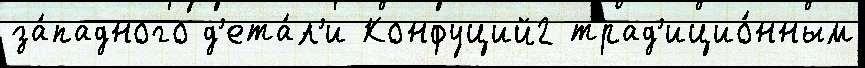
за́падного д'ета́л'и Конфуций2 трад'ицио́нным